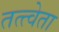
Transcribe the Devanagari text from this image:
तत्त्वेता